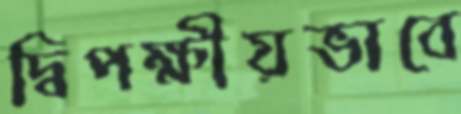
দ্বিপক্ষীয়ভাবে